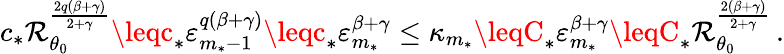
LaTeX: c_{*}\mathcal{R}_{\theta_{0}}^{\frac{{2q(\beta+\gamma)}}{{2+\gamma}}}\leqc_{*}\varepsilon_{m_{*}-1}^{q(\beta+\gamma)}\leqc_{*}\varepsilon_{m_{*}}^{\beta+\gamma}\leq\kappa_{m_{*}}\leqC_{*}\varepsilon_{m_{*}}^{\beta+\gamma}\leqC_{*}\mathcal{R}_{\theta_{0}}^{\frac{{2(\beta+\gamma)}}{{2+\gamma}}}\, .